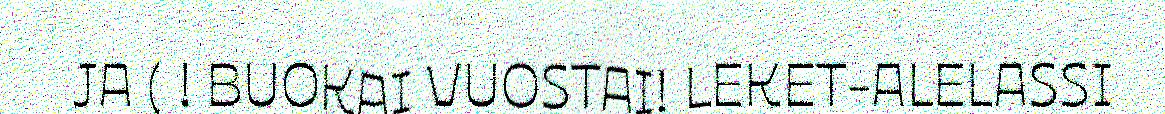
JA ( ! BUOKAI VUOSTAI! LEKET-ALELASSI